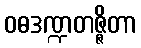
ဝဓဒဏ္ဍတဇ္ဇိတာ